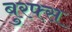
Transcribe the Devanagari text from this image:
बुरफ्स